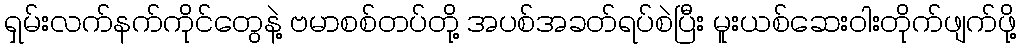
ရှမ်းလက်နက်ကိုင်တွေနဲ့ ဗမာစစ်တပ်တို့ အပစ်အခတ်ရပ်စဲပြီး မူးယစ်ဆေးဝါးတိုက်ဖျက်ဖို့